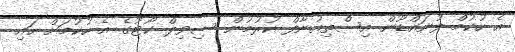
އެ ހުކުމް ފުނައްޑޫން އިސްތިއުނާފް ކުރުމުން ސިވިލް ކޯޓުގެ އެ ހުކުމަށް ހައި